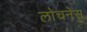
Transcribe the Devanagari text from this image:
लोचनेस